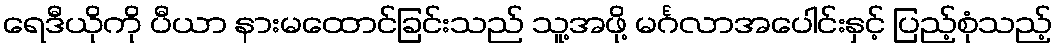
ရေဒီယိုကို ပီယာ နားမထောင်ခြင်းသည် သူ့အဖို့ မင်္ဂလာအပေါင်းနှင့် ပြည့်စုံသည့်